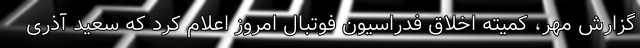
گزارش مهر، کمیته اخلاق فدراسیون فوتبال امروز اعلام کرد که سعید آذری